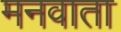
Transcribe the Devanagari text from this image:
मनवाता